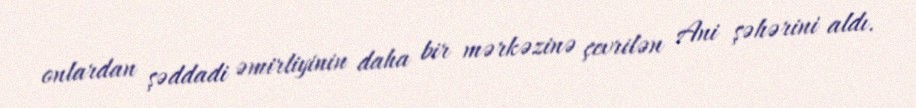
onlardan şəddadi əmirliyinin daha bir mərkəzinə çevrilən Ani şəhərini aldı.